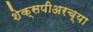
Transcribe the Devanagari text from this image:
शेक्सपीअरच्या